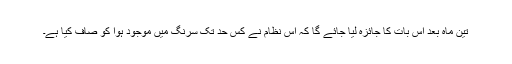
تین ماہ بعد اس بات کا جائزہ لیا جائے گا کہ اس نظام نے کس حد تک سرنگ میں موجود ہوا کو صاف کیا ہے۔